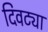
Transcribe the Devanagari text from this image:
दिवट्या